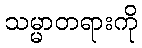
သမ္မာတရားကို